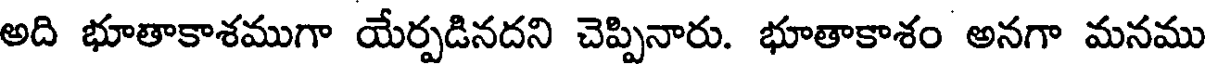
అది భూతాకాశముగా యేర్పడినదని చెప్పినారు. భూతాకాశం అనగా మనము